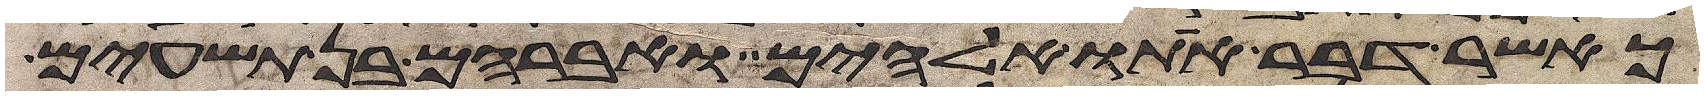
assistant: כאשר דבר אתו אלהים ואברהם בן תשעים